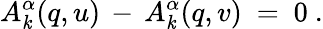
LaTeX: A_{\mathit{k}}^{\alpha}(q,u)\, -\, A_{\mathit{k}}^{\alpha}(q,v)~=~0~.